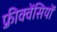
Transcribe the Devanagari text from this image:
फ़्रीक्वेंसियों